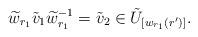
LaTeX: \begin{align*} \widetilde w_{r_1} \tilde{v}_1 \widetilde w_{r_1}^{-1} = \tilde{v}_2 \in \tilde{U}_{[w_{r_1}(r')]}.\end{align*}